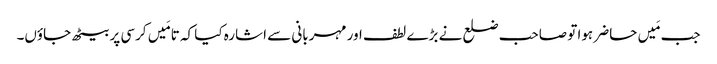
جب مَیں حاضر ہوا تو صاحب ضلع نے بڑے لطف اور مہربانی سے اشارہ کیا کہ تا مَیں کرسی پر بیٹھ جاؤں۔